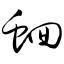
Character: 蛔